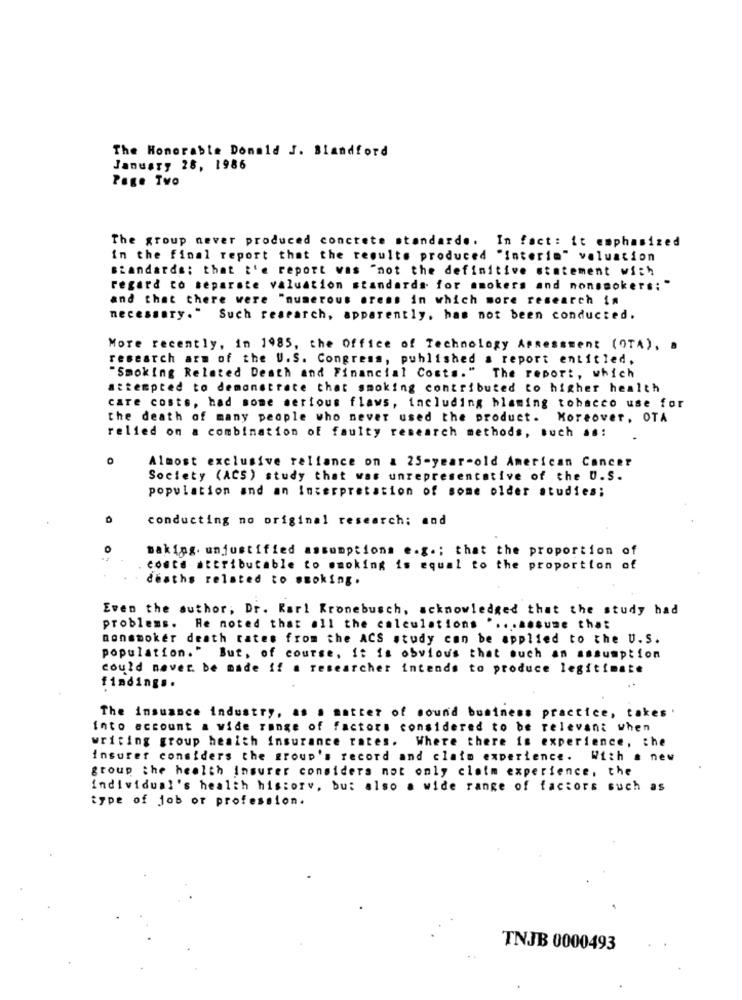
The Honorable Donald J. Blandford
January 28, 1986
Page Tvo
The group never produced concrete standards. In fact: it emphasized
in the final report that the results produced "Interim" valuation
standards; that t'e report vas "not the definitive statement with
regard to separate valuation standards for smokers and nonsmokers: "
and that there were "numerous orens in which more research in
necessary."
Such research, apparently, has not been conducted.
More recently, in 1985, the Office of Technology Assessment (OTA), .
research arm of the U.S. Congress, published a report entitled,
"Smoking Related Death and Financial Costs." The report, which
attempted to demonstrate that smoking contributed to higher health
care costs, had some serious flaws, including blaming tobacco use for
the death of many people who never used the product. Moreover, OTA
relied on a combination of faulty research methods, such as:
Almost exclusive reliance on a 25-year-old American Cancer
Society (ACS) study that was unrepresentative of the U.S.
population and an Interpretation of some older studies;
conducting no original research; and
0
baking. unjustified assumptions e.g .; that the proportion of
conte attributable to smoking is equal to the proportion of
deaths related to smoking.
Even the author, Dr. Karl Kronebusch, acknowledged that the study had
problems.
He noted that all the calculations " .. . assume that
nonsmoker death rates from the ACS study con be applied to the U. S.
population." But, of course, it is obvious that such an assumption
could never be made if a researcher intends to produce legitimate
finding ..
The insuance industry, as a matter of sound business practice, takes .
Into account a wide range of factors considered to be relevant when
writing group health insurance rates.
Where there is experience, the
insurer considers the group's record and claim experience. With a new
group the health insurer considers not only claim experience, the
individual's health history, but also a wide range of factors such as
type of job or profession.
TNJB 0000493